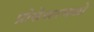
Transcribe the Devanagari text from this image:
प्रोसेसरमध्ये